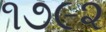
૧૭૯૨